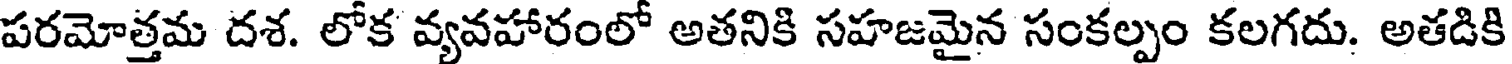
పరమోత్తమ దశ. లోక వ్యవహారంలో అతనికి సహజమైన సంకల్పం కలగదు. అతడికి